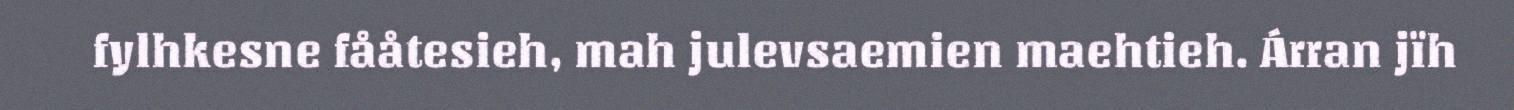
fylhkesne fååtesieh, mah julevsaemien maehtieh. Árran jïh